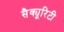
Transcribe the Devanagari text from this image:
सैक्यूरिटी